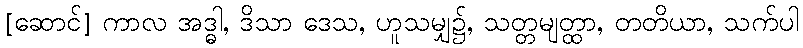
[ဆောင်] ကာလ အဒ္ဓါ, ဒိသာ ဒေသ, ဟူသမျှ၌, သတ္တမျတ္ထာ, တတိယာ, သက်ပါ